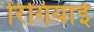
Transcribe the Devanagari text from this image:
रिंगियाई